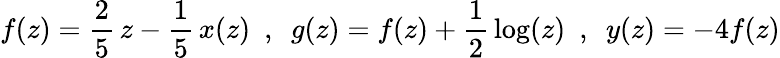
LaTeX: f(z)=\frac{2}{5}\, z-\frac{1}{5}\, x(z)~~,~~g(z)=f(z)+\frac{1}{2}\, \log(z)~~,~~y(z)=-4f(z)